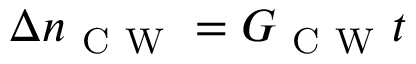
\Delta n _ { \mathrm { ~ C ~ W ~ } } = G _ { \mathrm { ~ C ~ W ~ } } t